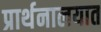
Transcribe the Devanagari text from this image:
प्रार्थनालयात